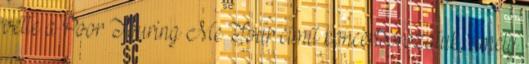
vette a Poor Touring Me Tour című koncertsorozatuk, amely